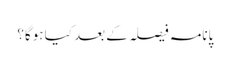
پانامہ فیصلہ کے بعد کیا ہوگا؟